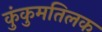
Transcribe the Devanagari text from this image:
कुंकुमतिलक